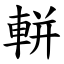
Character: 軿